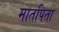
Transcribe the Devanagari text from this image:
मातपिता